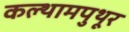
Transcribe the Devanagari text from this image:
कल्थामपुथूर